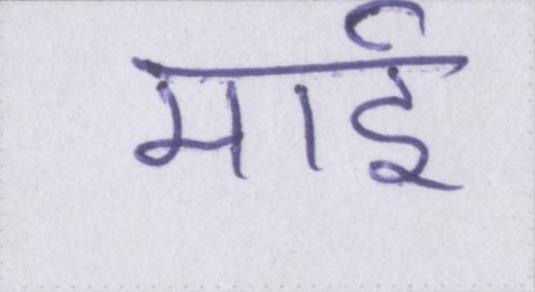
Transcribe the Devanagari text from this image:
माई